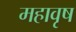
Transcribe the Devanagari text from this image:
महावृष